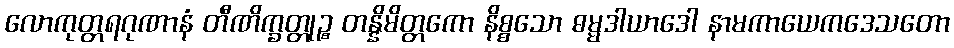
လောကုတ္တရဂုဏာနံ တီဏိက္ခတ္တုဉ္စ တန္နိမိတ္တကော နိစ္စသော ဓမ္မဒါယာဒေါ နာမကာယေကဒေသတော